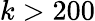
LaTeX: k>200